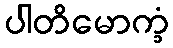
ပါတိမောက္ခံ